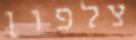
צלפון